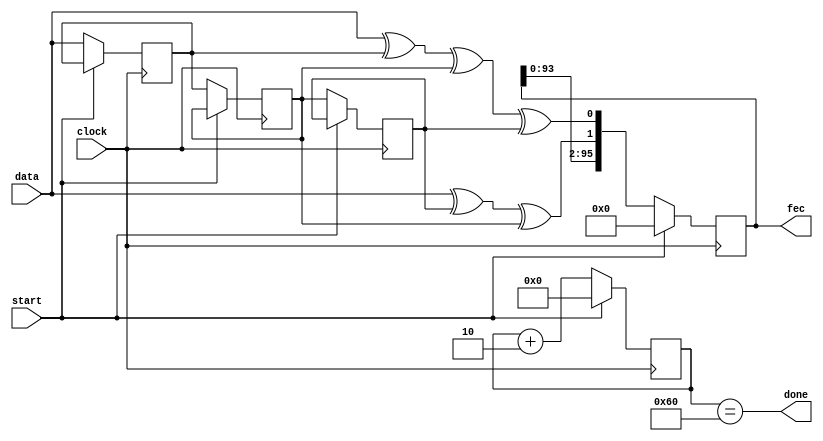
`timescale 1ns / 1ps
//////////////////////////////////////////////////////////////////////////////////
// Company: 
// Engineer: 
// 
// Design Name: 
// Module Name:    lpset7 
// Project Name: 
// Target Devices: 
// Tool versions: 
// Description: 
//
// Dependencies: 
//
// Revision: 
// Revision 0.01 - File Created
// Additional Comments: 
//
//////////////////////////////////////////////////////////////////////////////////
module lpset7(
    input clock,
    input start,
    input data,
    output done,
    output [95:0] fec
    );
	 
		//temp regs for shifting and checking
		reg [95:0] res;
		reg [8:0] count;
		reg over;
		reg three = 0;
		reg two =0;
		reg one =0;
		reg pbit0;
		reg pbit1;
		
		//assign outputs
		assign done = (count == 96);
		assign fec = res;
		
		//cycling
		always @(posedge clock) begin
			//reset to initial values
			if (start) begin
				res <= 96'h000000000000000000000000;
				over <= 0;
				count <= 0;
			end
			else begin 
				//shift past data
				three <= data;
				two <=  three; 
				one <= two; 
				//calculate parity bits
				pbit1 = data ^ one ^ two;
				pbit0 = data ^ three ^ two ^ one;
				//shifting!!!
				res[95:0] = {res[93:0], pbit1, pbit0};
				count = count + 2;
			end
		end	
endmodule